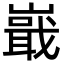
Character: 嶯